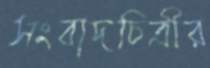
সংবাদচিত্রীর